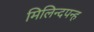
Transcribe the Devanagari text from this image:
मिलिन्दपन्ह